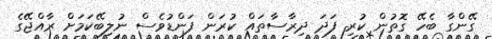
ގޭންގާ ބެހޭ ގޮތުން ކުރި ފަދަ ދިރާސާތައް ކުރަން ފަންޑުވެސް ނުލިބޭކަމަށް ރާއްޖޭގެ